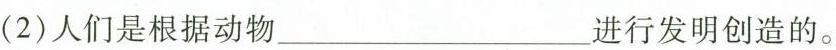
(2)人们是根据动物___进行发明创造的。